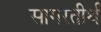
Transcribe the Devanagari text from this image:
सागरतीर्थ